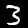
Digit: 3